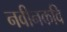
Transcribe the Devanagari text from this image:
नवीनकवि